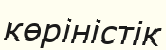
көріністік